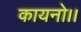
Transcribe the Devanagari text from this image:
कायनो।।